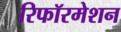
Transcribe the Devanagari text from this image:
रिफॉरमेशन